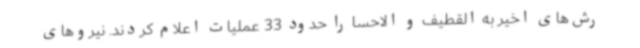
رش‌های اخیر به القطیف و الاحسا را حدود 33 عملیات اعلام کردند. نیروهای